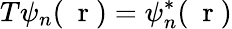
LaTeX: T\psi_{n}(\mathrm{~\mathbf~r~})=\psi_{n}^{*}(\mathrm{~\mathbf~r~})